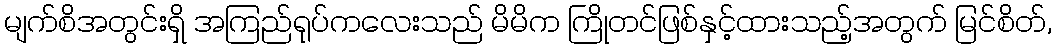
မျက်စိအတွင်းရှိ အကြည်ရုပ်ကလေးသည် မိမိက ကြိုတင်ဖြစ်နှင့်ထားသည့်အတွက် မြင်စိတ်,